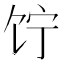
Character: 𬲲